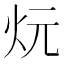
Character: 𪸑